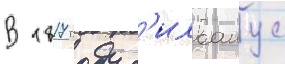
В 1817 году с'илванус